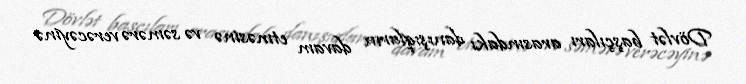
Dövlət başçıları arasındakı danışıqların davam etməsinə və səmərə verəcəyinə